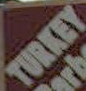
TURKEY